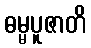
ဓမ္မပူဇာတိ